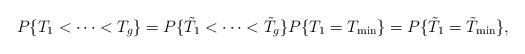
LaTeX: \begin{align*}P\{T_1 < \cdots < T_g\} = P\{\tilde{T}_1 < \cdots < \tilde{T}_g\} P\{T_1 = T_{\min}\} = P\{\tilde{T}_1 = \tilde{T}_{\min}\},\end{align*}